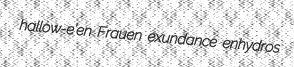
hallow-e'en Frauen exundance enhydros